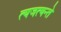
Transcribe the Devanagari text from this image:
त्यजत्यन्ते